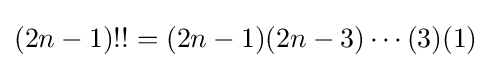
(2n-1)!!=(2n-1)(2n-3)\cdots (3)(1)